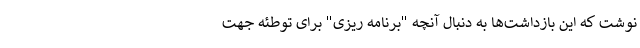
نوشت که این بازداشت‌ها به دنبال آنچه "برنامه ریزی" برای توطئه جهت